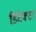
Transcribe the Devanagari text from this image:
डिटेक्‍टर